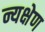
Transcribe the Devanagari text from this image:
न्यक्षेण